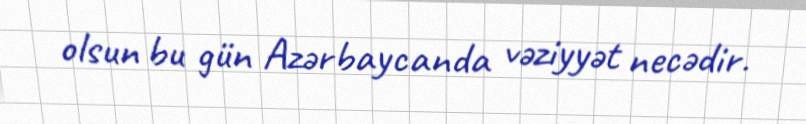
olsun bu gün Azərbaycanda vəziyyət necədir.